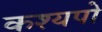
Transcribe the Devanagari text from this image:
कश्यपो